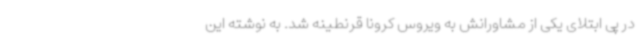
در پی ابتلای یکی از مشاورانش به ویروس کرونا قرنطینه شد. به نوشته این